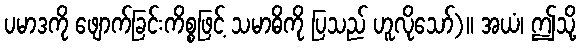
ပမာဒကို ဖျောက်ခြင်းကိစ္စဖြင့် သမာဓိကို ပြသည် ဟူလိုသော်)။ အယံ၊ ဤသို့